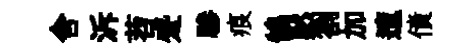
舎泝苕蹙驂痕鵠黙劄加邅債